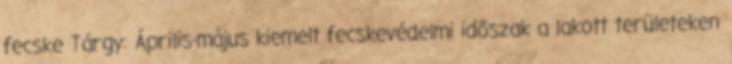
fecske Tárgy: Április-május kiemelt fecskevédelmi időszak a lakott területeken